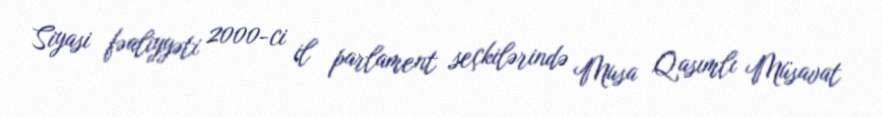
Siyasi fəaliyyəti 2000-ci il parlament seçkilərində Musa Qasımlı Müsavat